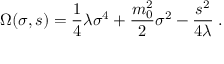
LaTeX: \Omega ( \sigma , s ) = { \frac { 1 } { 4 } } \lambda \sigma ^ { 4 } + { \frac { m _ { 0 } ^ { 2 } } { 2 } } \sigma ^ { 2 } - { \frac { s ^ { 2 } } { 4 \lambda } } \; .